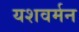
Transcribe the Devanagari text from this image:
यशवर्मन